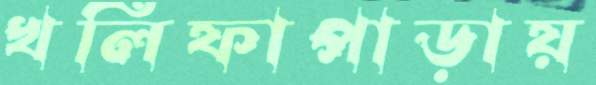
খলিফাপাড়ায়